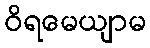
ဝိရမေယျာမ